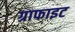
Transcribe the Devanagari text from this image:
ग्राफाइट